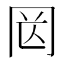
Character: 㒺